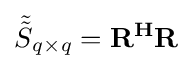
{\tilde {\tilde {S}}}_{q\times q}=\mathbf {R^{H}} \mathbf {R}